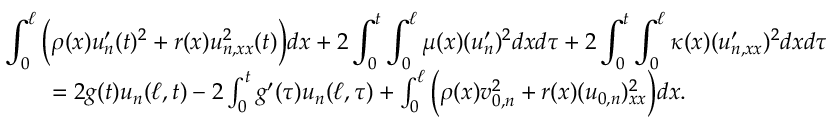
\begin{array} { r l r } { \lefteqn { \int _ { 0 } ^ { \ell } \Big ( \rho ( x ) u _ { n } ^ { \prime } ( t ) ^ { 2 } + r ( x ) u _ { n , x x } ^ { 2 } ( t ) \Big ) d x + 2 \int _ { 0 } ^ { t } \int _ { 0 } ^ { \ell } \mu ( x ) ( u _ { n } ^ { \prime } ) ^ { 2 } d x d \tau + 2 \int _ { 0 } ^ { t } \int _ { 0 } ^ { \ell } \kappa ( x ) ( u _ { n , x x } ^ { \prime } ) ^ { 2 } d x d \tau } } \\ & { } & { = 2 g ( t ) u _ { n } ( \ell , t ) - 2 \int _ { 0 } ^ { t } g ^ { \prime } ( \tau ) u _ { n } ( \ell , \tau ) + \int _ { 0 } ^ { \ell } \Big ( \rho ( x ) v _ { 0 , n } ^ { 2 } + r ( x ) ( u _ { 0 , n } ) _ { x x } ^ { 2 } \Big ) d x . ~ ~ ~ } \end{array}